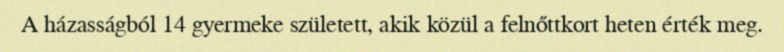
A házasságból 14 gyermeke született, akik közül a felnőttkort heten érték meg.